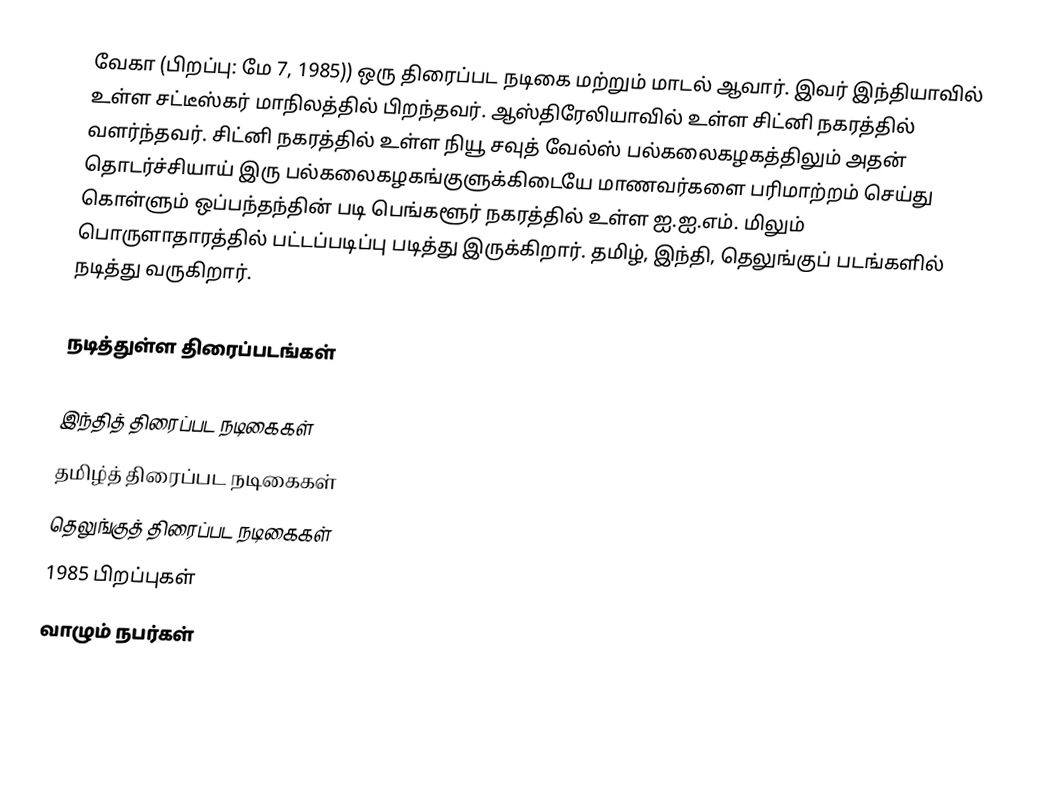
வேகா (பிறப்பு: மே 7, 1985)) ஒரு திரைப்பட நடிகை மற்றும் மாடல் ஆவார். இவர் இந்தியாவில் உள்ள சட்டீஸ்கர் மாநிலத்தில் பிறந்தவர். ஆஸ்திரேலியாவில் உள்ள சிட்னி நகரத்தில் வளர்ந்தவர். சிட்னி நகரத்தில் உள்ள நியூ சவுத் வேல்ஸ் பல்கலைகழகத்திலும் அதன் தொடர்ச்சியாய் இரு பல்கலைகழகங்குளுக்கிடையே மாணவர்களை பரிமாற்றம் செய்து கொள்ளும் ஒப்பந்தந்தின் படி பெங்களூர் நகரத்தில் உள்ள ஐ.ஐ.எம். மிலும் பொருளாதாரத்தில் பட்டப்படிப்பு படித்து இருக்கிறார். தமிழ், இந்தி, தெலுங்குப் படங்களில் நடித்து வருகிறார்.

நடித்துள்ள திரைப்படங்கள்

இந்தித் திரைப்பட நடிகைகள்
தமிழ்த் திரைப்பட நடிகைகள்
தெலுங்குத் திரைப்பட நடிகைகள்
1985 பிறப்புகள்
வாழும் நபர்கள்